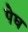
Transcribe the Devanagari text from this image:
पेघ